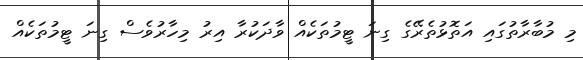
މި މުބާރާތުގައި އަތޮޅުތެރޭގެ ގިނަ ޓީމުތަކެއް ވާދަކުރާ އިރު މިހާރުވެސް ގިނަ ޓީމުތަކެއް